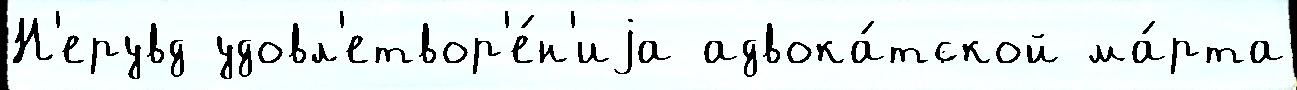
Н'ерувд удовл'етвор'е́н'иjа адвока́тской ма́рта